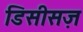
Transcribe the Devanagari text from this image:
डिसीसज़